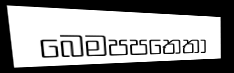
බෙමපපතෙතා